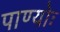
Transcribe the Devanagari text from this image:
पाण्योः